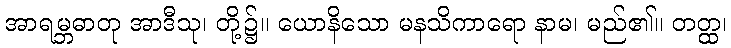
အာရမ္ဘဓာတု အာဒီသု၊ တို့၌။ ယောနိသော မနသိကာရော နာမ၊ မည်၏။ တတ္ထ၊